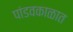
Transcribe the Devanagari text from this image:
पांडवकाळात